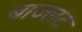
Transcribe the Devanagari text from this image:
बाज्लट